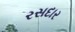
રસદાર